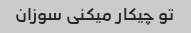
تو چیکار میکنی سوزان